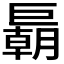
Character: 𢀭